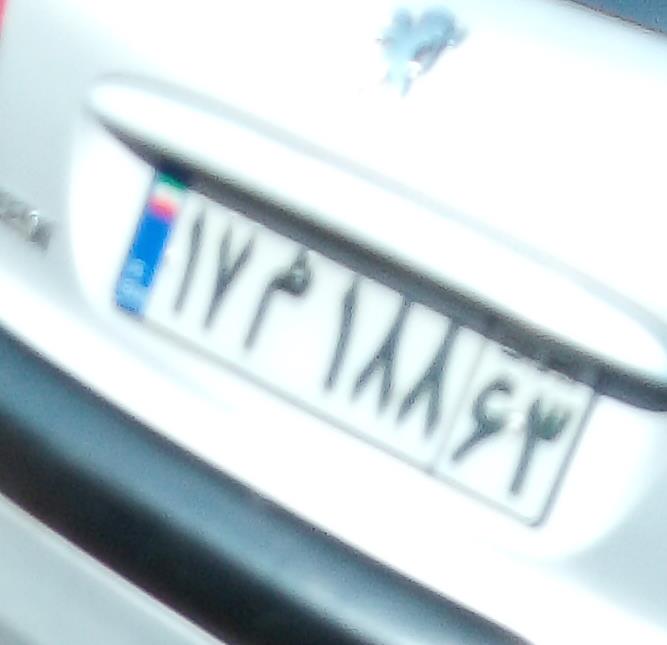
۱۷م۱۸۸۶۳